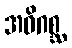
အဓိဂစ္ဆ